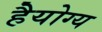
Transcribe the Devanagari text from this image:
हैयोग्य